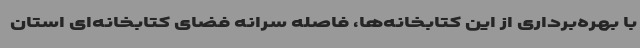
با بهره‌برداری از این کتابخانه‌ها، فاصله سرانه فضای کتابخانه‌ای استان